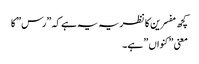
کچھ مفسرین کا نظریہ یہ ہے کہ ”رس” کا
معنی ”کنواں ” ہے۔